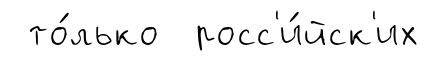
то́лько росс'и́йск'их